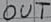
Text: OUT